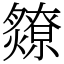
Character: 爒